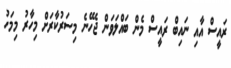
ރައީސް އާއި ނައިބް ރައީސް މެން ބައްލަވަން ޖެހޭނެ މިސަރުކާރަށް މިހާރު މިމަހު